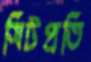
সিটপ্রতি